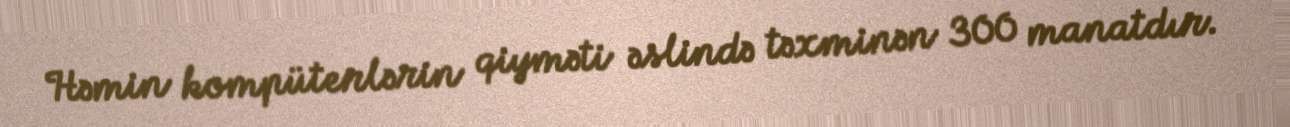
Həmin kompüterlərin qiyməti əslində təxminən 300 manatdır.